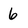
Character: 6